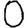
Digit: 0